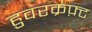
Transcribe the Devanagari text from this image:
हुवरक्रफ़्ट